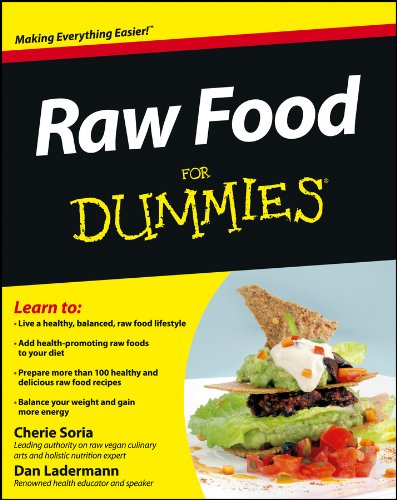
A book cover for Raw Food For Dummies; Cherie Soria; Cookbooks, Food & Wine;